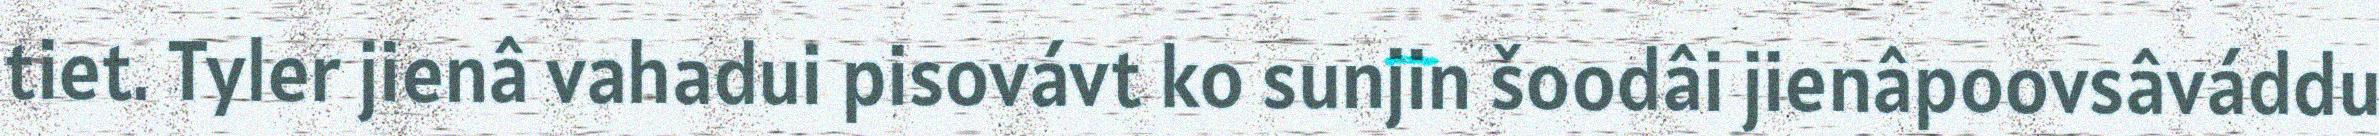
tiet. Tyler jienâ vahadui pisovávt ko sunjin šoodâi jienâpoovsâváddu